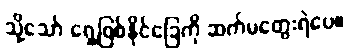
သို့သော် ရှေ့ဖြစ်နိုင်ခြေကို ဆက်မတွေးရဲပေ။